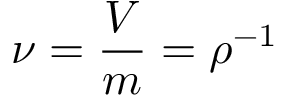
\nu = { \frac { V } { m } } = \rho ^ { - 1 }